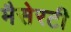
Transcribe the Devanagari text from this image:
मैसेरटी